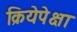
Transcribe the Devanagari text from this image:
क्रियेपेक्षा